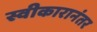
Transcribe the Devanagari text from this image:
स्वीकारानंतर